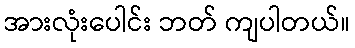
အားလုံးပေါင်း ဘတ် ကျပါတယ်။